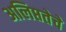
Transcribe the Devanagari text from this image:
अलिप्ततेचे